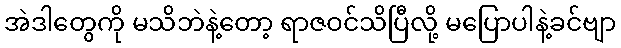
အဲဒါတွေကို မသိဘဲနဲ့တော့ ရာဇဝင်သိပြီလို့ မပြောပါနဲ့ခင်ဗျာ